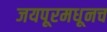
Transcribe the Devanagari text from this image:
जयपूरमधूनच